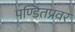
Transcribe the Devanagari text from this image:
पण्डितप्रवर